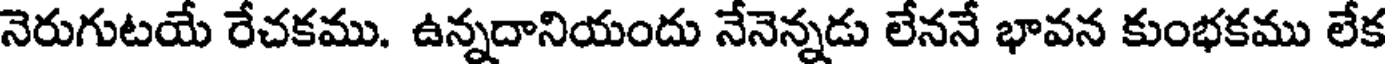
నెరుగుటయే రేచకము. ఉన్నదానియందు నేనెన్నడు లేననే భావన కుంభకము లేక